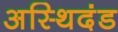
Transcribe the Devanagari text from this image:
अस्थिदंड